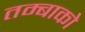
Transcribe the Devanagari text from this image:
तम्बाको